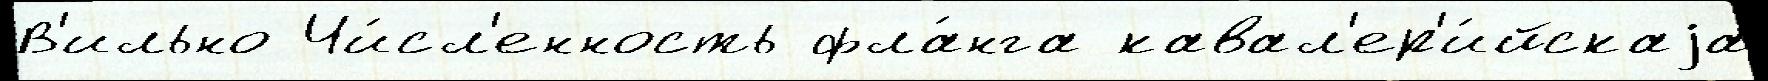
В'ильно Чи́сл'енность фла́нга кавал'ер'и́йскаjа